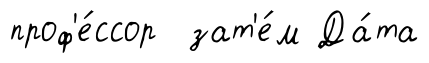
проф'е́ссор зат'е́м Да́та